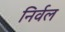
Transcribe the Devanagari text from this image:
निर्वल